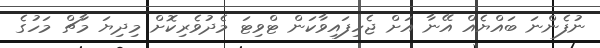
ނުފެންނަ ބައްޔެއް އޭނާ އަށް ޖެހިފައިވާކަން ޓްވިޓަ މެދުވެރިކޮށް މިދިޔަ މާޗް މަހުގެ